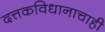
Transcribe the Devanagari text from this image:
दत्तकविधानाचाही